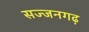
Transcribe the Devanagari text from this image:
सज्‍जनगढ़